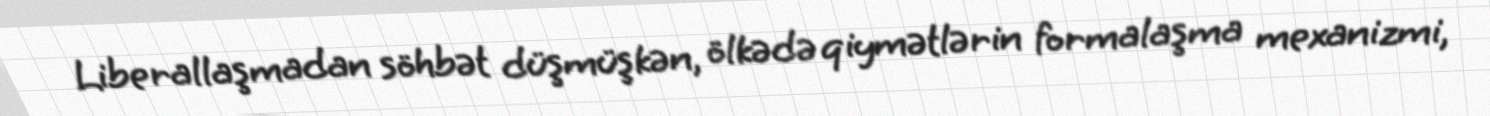
Liberallaşmadan söhbət düşmüşkən, ölkədə qiymətlərin formalaşma mexanizmi,